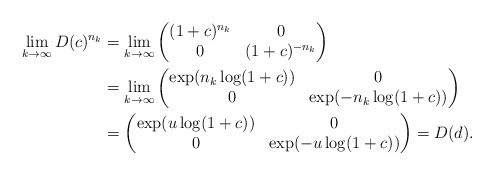
\begin{align*}\begin{aligned}\lim_{k \to \infty} D(c)^{n_k} & = \lim_{k \to \infty} \left( \begin{matrix} (1+c)^{n_k} & 0 \\ 0 & (1+c)^{-n_k} \end{matrix} \right) \\& = \lim_{k \to \infty} \left( \begin{matrix} \exp(n_k \log(1+c)) & 0 \\ 0 & \exp(-n_k \log(1+c)) \end{matrix} \right) \\& = \left( \begin{matrix} \exp(u \log(1+c)) & 0 \\ 0 & \exp(-u \log(1+c)) \end{matrix} \right) = D(d).\end{aligned}\end{align*}